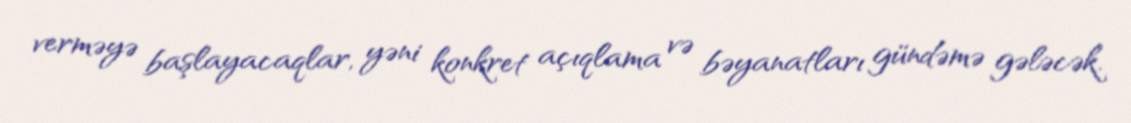
verməyə başlayacaqlar, yəni konkret açıqlama və bəyanatları gündəmə gələcək.